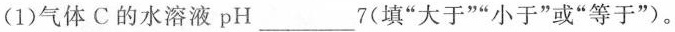
(1)气体C的水溶液pH___7(填”大于””小于”或”等于”)。